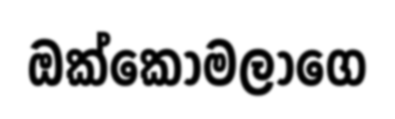
ඔක්කොමලාගෙ